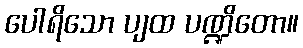
ပေါရိသော ပျထ ပဏ္ဍိတော။